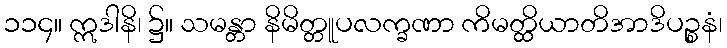
၁၁၄။ ဣဒါနိ၊ ၌။ သမန္တာ နိမိတ္တူပလက္ခဏာ ကိမတ္ထိယာတိအာဒိပဉ္စနံ၊